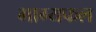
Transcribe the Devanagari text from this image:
भाग्यफल